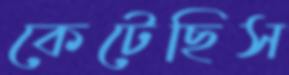
কেটেছিস